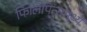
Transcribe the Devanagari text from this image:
फिलिपिन्समध्ये